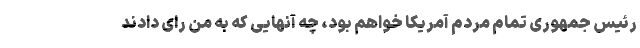
رئیس جمهوری تمام مردم آمریکا خواهم بود، چه آنهایی که به من رای دادند